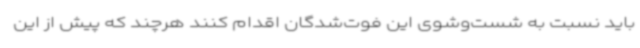
باید نسبت به شست‌وشوی این فوت‌شدگان اقدام کنند هرچند که پیش از این